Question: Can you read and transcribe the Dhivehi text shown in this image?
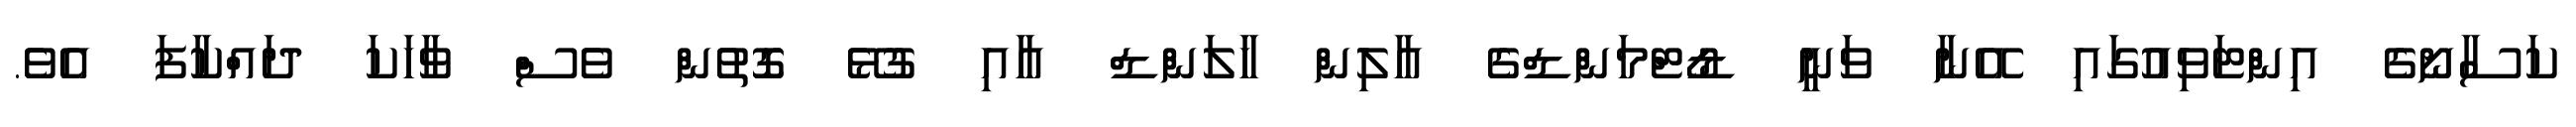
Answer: ކަސާނޯގެ އިންޓަވިއުގައި އޭނާ ވަނީ ޑޯޓްމަންޑްގެ އާލިން ހާލަންޑް އާއި ގުޅޭ ގޮތުން ވެސް ވާހަކަ ދައްކާފަ އެވެ.